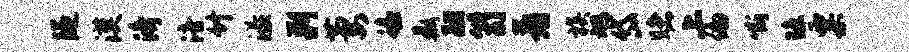
隧漠济涪竹溢剿萋蟾鼎翮笥着族旭岱赌上偏嘶琼粟